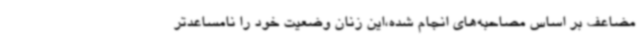
مضاعف بر اساس مصاحبه‌های انجام شده،این زنان وضعیت خود را نامساعدتر